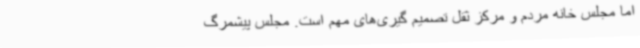
اما مجلس خانه مردم و مرکز ثقل تصمیم گیری‌های مهم است. مجلس پیشمرگ